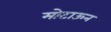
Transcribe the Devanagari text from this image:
मोटाऊन